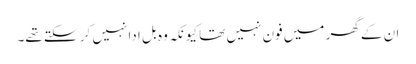
ان کے گھر میں فون نہیں تھا کیونکہ وہ بل ادا نہیں کر سکتے تھے۔